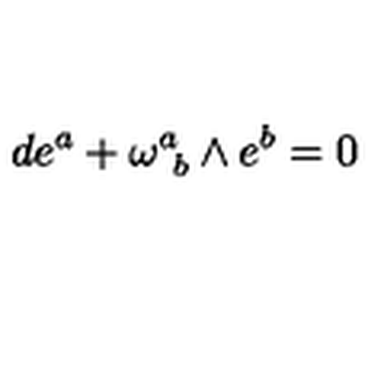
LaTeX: d e ^ { a } + \omega _ { \ b } ^ { a } \wedge e ^ { b } = 0